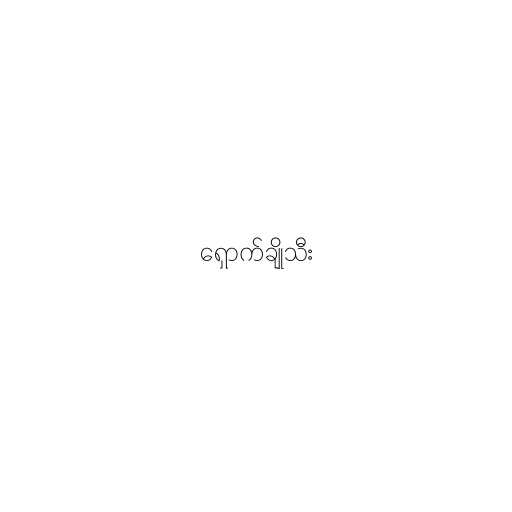
ရှောက်ချိုသီး